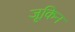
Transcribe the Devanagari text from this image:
जूकिन